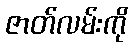
ဇာတ်လမ်းကို